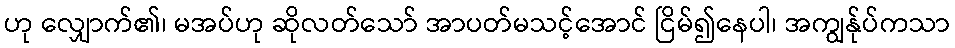
ဟု လျှောက်၏၊ မအပ်ဟု ဆိုလတ်သော် အာပတ်မသင့်အောင် ငြိမ်၍နေပါ၊ အကျွန်ုပ်ကသာ